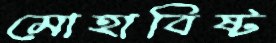
মোহাবিষ্ট